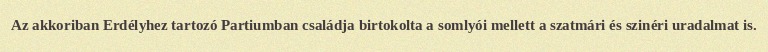
Az akkoriban Erdélyhez tartozó Partiumban családja birtokolta a somlyói mellett a szatmári és szinéri uradalmat is.